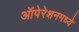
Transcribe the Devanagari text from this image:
ऑपेरेशनमध्ये